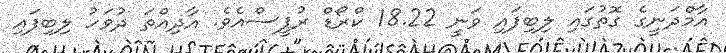
އާމްދަނީގެ ގޮތުގައި ލިބިފައި ވަނީ 18.22 ކްރޯޑް ރުޕީސްއެވެ. އާދިއްތަ ދުވަހު ލިބިފައި